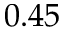
0 . 4 5